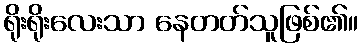
ရိုးရိုးလေးသာ နေတတ်သူဖြစ်၏။